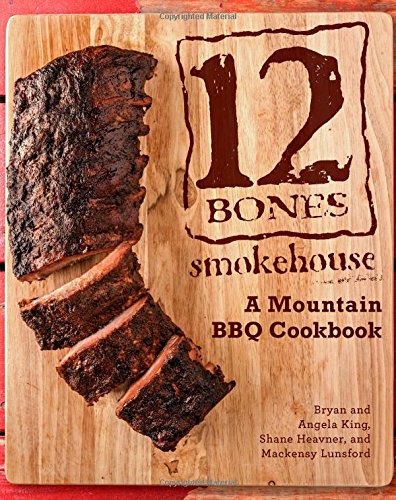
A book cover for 12 Bones Smokehouse: A Mountain BBQ Cookbook; Bryan King; Cookbooks, Food & Wine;